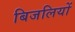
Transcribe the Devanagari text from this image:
बिजलियों